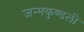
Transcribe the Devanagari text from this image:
जन्‍मकुण्‍डली